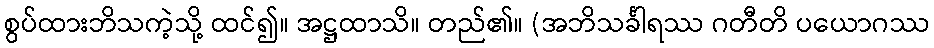
စွပ်ထားဘိသကဲ့သို့ ထင်၍။ အဋ္ဌထာသိ။ တည်၏။ (အဘိသင်္ခါရဿ ဂတီတိ ပယောဂဿ